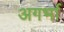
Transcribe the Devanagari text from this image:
अगर्भा